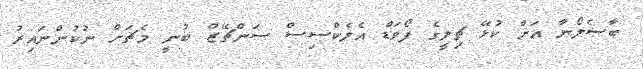
ބާސެލޯނާ އަށް ކުޅޭ ޗިލީގެ ފޯވަޑް އެލެކްސިސް ސަންޗޭޒް ބުނީ މެޗަށް ނުކުންނައިރު